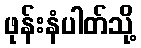
ဖုန်းနံပါတ်သို့